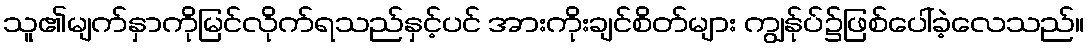
သူ၏မျက်နှာကိုမြင်လိုက်ရသည်နှင့်ပင် အားကိုးချင်စိတ်များ ကျွန်ုပ်၌ဖြစ်ပေါ်ခဲ့လေသည်။